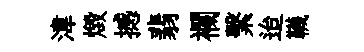
湋燬撼翡襴繫迨韈